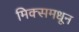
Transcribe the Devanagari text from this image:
मिक्समधून